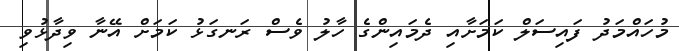
މުހައްމަދު ފައިސަލް ކަމަށާއި ދެމައިންގެ ހާލު ވެސް ރަނގަޅު ކަމަށް އޭނާ ވިދާޅުވި